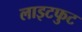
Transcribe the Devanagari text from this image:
लाइटफुट